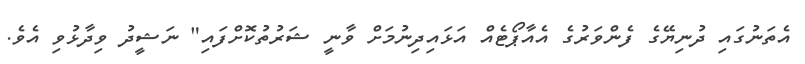
އެތަނުގައި ދުނިޔޭގެ ފެންވަރުގެ އެއާޕޯޓެއް އަޅައިދިނުމަށް ވާނީ ޝަރުތުކޮށްފައި" ނަޝީދު ވިދާޅުވި އެވެ.